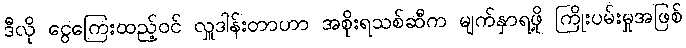
ဒီလို ငွေကြေးထည့်ဝင် လှူဒါန်းတာဟာ အစိုးရသစ်ဆီက မျက်နှာရဖို့ ကြိုးပမ်းမှုအဖြစ်